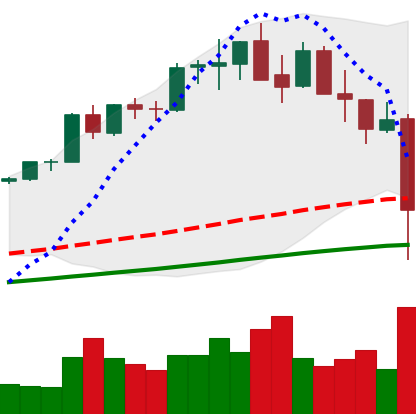
Ticker: ETH-USD
Chart end date: 2021-05-19
Forward return: 7.433%
Label: up_7plus